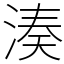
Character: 湊